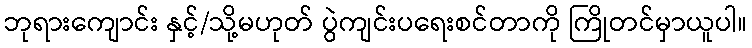
ဘုရားကျောင်း နှင့်/သို့မဟုတ် ပွဲကျင်းပရေးစင်တာကို ကြိုတင်မှာယူပါ။